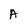
Character: A